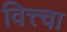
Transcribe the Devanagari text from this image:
वित्त्वा